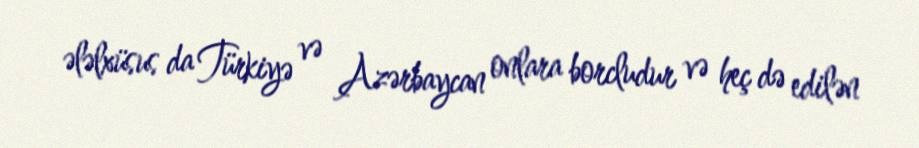
ələlxüsus da Türkiyə və Azərbaycan onlara borcludur və heç də edilən